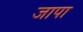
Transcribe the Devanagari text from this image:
जापा